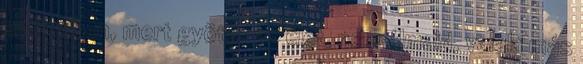
szívedben, mert gyötör az élet, nem álmaid, valaki más